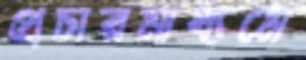
প্রচারমাধ্যমে